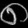
Digit: ၈